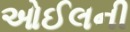
ઓઈલની